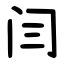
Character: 闫